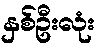
နှစ်ဦးလုံး